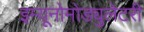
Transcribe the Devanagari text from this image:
इम्यूनोमोड्युलेटरी